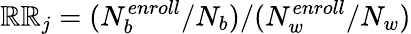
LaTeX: \mathbb{R}\mathbb{R}_{j}=(N_{b}^{enroll}/N_{b})/(N_{w}^{enroll}/N_{w})